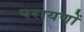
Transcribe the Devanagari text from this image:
परायणों